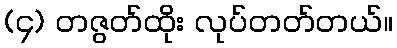
(၄) တဇွတ်ထိုး လုပ်တတ်တယ်။